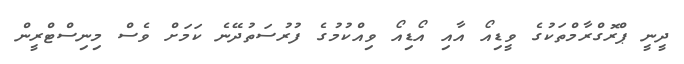
ދީނީ ޕްރޮގްރާމްތަކުގެ ވީޑިއޯ އާއި އޯޑިއޯ ވިއްކުމުގެ ފުރުސަތުދޭނެ ކަމަށް ވެސް މިނިސްޓްރީން